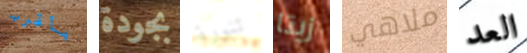
بأقرب بجودة تنورة زيتا ملاهي العد